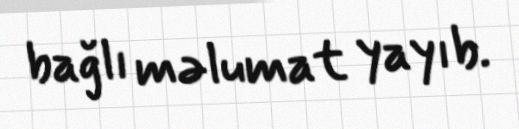
bağlı məlumat yayıb.